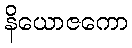
နိယောဇကော